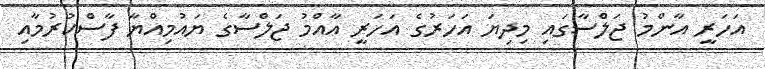
އަހަރީ އާންމު ޖަލްސާގަައި މިދިޔަ އަހަރުގެ އަހަރީ އާއްމު ޖަލްސާގެ ޔައުމިއްޔާ ފާސްކުރުމާއި